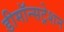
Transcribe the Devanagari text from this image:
डीमॉन्सट्रेशन